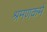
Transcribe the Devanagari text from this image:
श्रमणकर्म